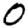
Digit: 0